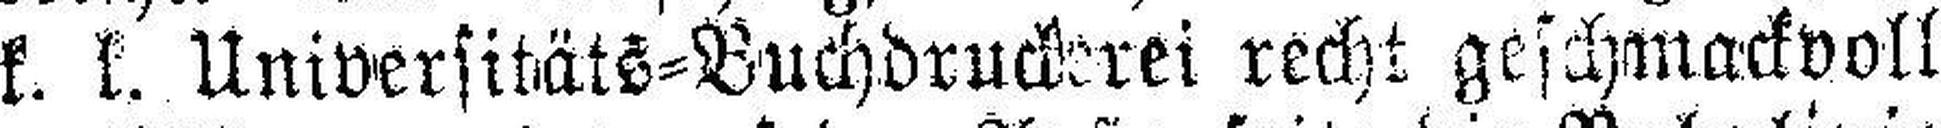
k. k. Universitäts=Buchdruckerei recht geschmackvoll